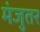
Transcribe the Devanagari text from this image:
मंजुतर